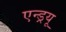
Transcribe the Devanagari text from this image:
एन्‍ड्रयू